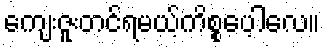
ကျေးဇူးတင်ရမယ့်ကိစ္စပေ့ါလေ။